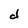
Character: d